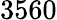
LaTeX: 3560